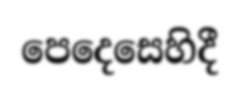
පෙදෙසෙහිදී